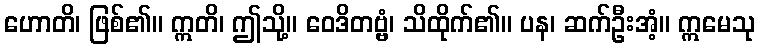
ဟောတိ၊ ဖြစ်၏။ ဣတိ၊ ဤသို့။ ဝေဒိတဗ္ဗံ၊ သိထိုက်၏။ ပန၊ ဆက်ဦးအံ့။ ဣမေသု